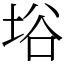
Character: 﨏